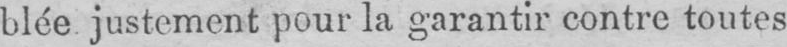
blée justement pour la garantir contre toutes